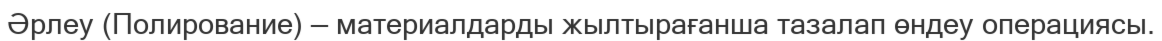
Әрлеу (Полирование) — материалдарды жылтырағанша тазалап өндеу операциясы.